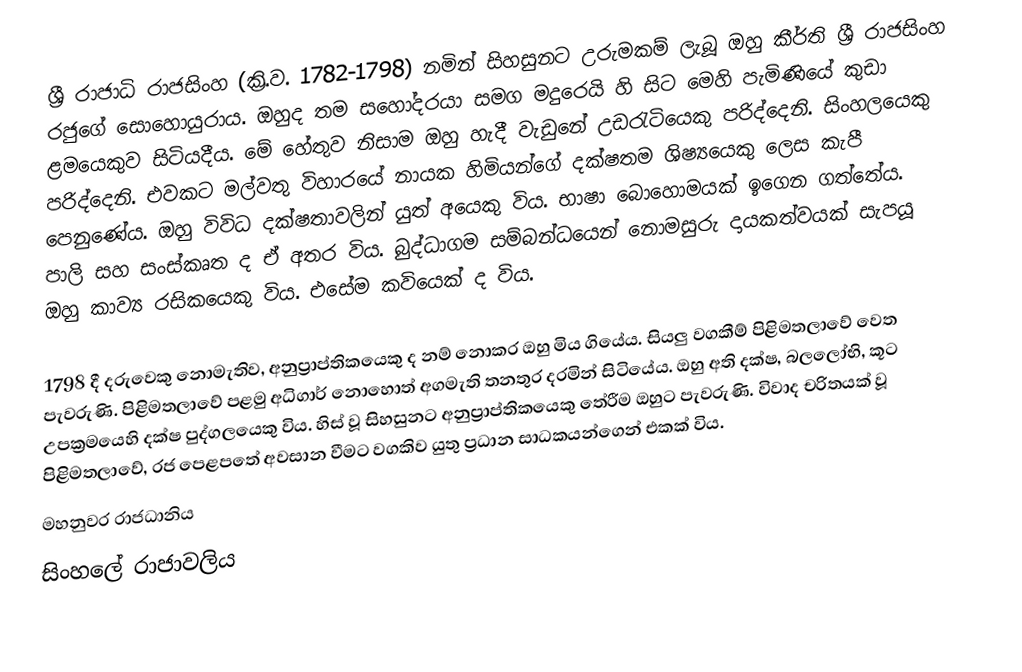
ශ්‍රී රාජාධි රාජසිංහ  (ක්‍රි.ව. 1782-1798) නමින් සිහසුනට උරුමකම් ලැබූ ඔහු කීර්ති ශ්‍රී රාජසිංහ රජුගේ සොහොයුරාය. ඔහුද තම සහෝදරයා සමග මදුරෙයි හි සිට මෙහි පැමිණියේ කුඩා ළමයෙකුව සිටියදීය. මේ හේතුව නිසාම ඔහු හැදී වැඩුනේ උඩරැටියෙකු පරිද්දෙනි. සිංහලයෙකු පරිද්දෙනි. එවකට මල්වතු විහාරයේ නායක හිමියන්ගේ දක්ෂතම ශිෂ්‍යයෙකු ලෙස කැපී පෙනුණේය. ඔහු විවිධ දක්ෂතාවලින් යුත් අයෙකු විය. භාෂා බොහොමයක් ඉගෙන ගත්තේය. පාලි සහ සංස්කෘත ද ඒ අතර විය. බුද්ධාගම සම්බන්ධයෙන් නොමසුරු දායකත්වයක් සැපයූ ඔහු කාව්‍ය රසිකයෙකු විය. එසේම කවියෙක් ද විය.

1798 දී දරුවෙකු නොමැතිව, අනුප්‍රාප්තිකයෙකු ද නම් නොකර ඔහු මිය ගියේය. සියලු වගකීම් පිළිමතලාවේ වෙත පැවරුණි. පිළිමතලාවේ පළමු අධිගාර් නොහොත් අගමැති තනතුර දරමින් සිටියේය. ඔහු අති දක්ෂ, බලලෝභි, කූට උපක්‍රමයෙහි දක්ෂ පුද්ගලයෙකු විය. හිස් වූ සිහසුනට අනුප්‍රාප්තිකයෙකු තේරීම ඔහුට පැවරුණි. විවාද චරිතයක් වූ පිළිමතලාවේ, රජ පෙළපතේ අවසාන වීමට වගකිව යුතු ප්‍රධාන සාධකයන්ගෙන් එකක් විය.
 මහනුවර රාජධානිය
 සිංහලේ රාජාවලිය